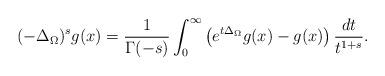
LaTeX: \begin{align*}\displaystyle(-\Delta_{\Omega})^{s}g(x)=\frac1{\Gamma(-s)}\int_0^\infty\left(e^{t\Delta_{\Omega}}g(x)-g(x)\right)\frac{dt}{t^{1+s}}.\end{align*}